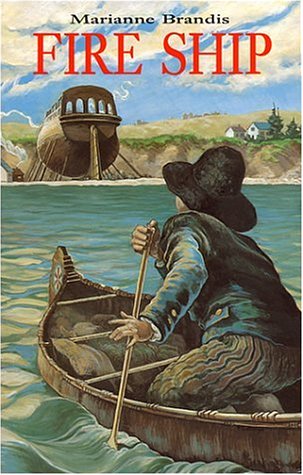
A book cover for Fire Ship; Marianne Brandis; Teen & Young Adult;